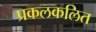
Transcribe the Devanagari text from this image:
प्रकलकलित